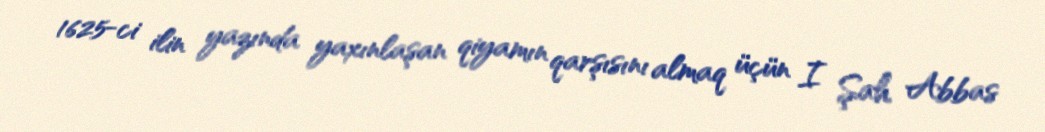
1625-ci ilin yazında yaxınlaşan qiyamın qarşısını almaq üçün I Şah Abbas